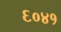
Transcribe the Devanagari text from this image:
६०४१